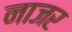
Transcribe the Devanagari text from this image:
नाजर